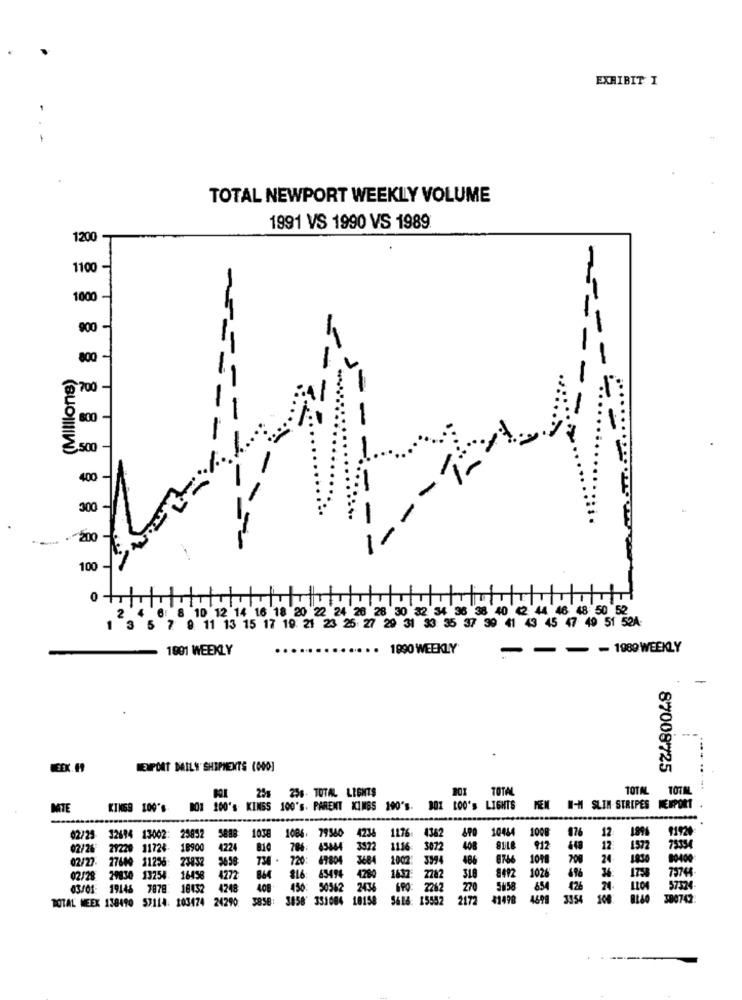
EXHIBIT I
TOTAL NEWPORT WEEKLY VOLUME
1991 VS 1990 VS 1989
1200
1100
1000
900-
800-
(Millions)
---
700-
800
,500
- --
400
300 -
200
100
0
10 12 14 16 18 20 22 24 26 28 30 32 34 36 38 40 42 44 46 48 50 52
7 9 11 13 15 17 19: 21 23 25 27 29 31 33 35 37 39 41 43 45 47 49 51 52A-
..
1990 WEEKLY
---- 1989WEEKLY
1991 WEEKLY
WEEK. 19
EXPORT MILY SHIPMENTS (000]
87008725
BOK 25% 256. TOTAL LIGHTS
TOTAL
TOTAL
TOTAL
MTE
KINGS 100'S
BOX 200's KINGS 100'S. PARENT KINGS 190's. BOX LOO's LIGHTS
MEN W-M SLIM STRIPES NEWPORT .
1038 1086. 79560
4234
1136: 4362
10444
12
189
11929
02/25- 32694 13002:
25852
100
02/26
29229 11724-
18900
4224
810
786: 45844 3322
1116: 3072
408
912
12:
1572
7333
02/27.
27609 11256: 23832
738 . 720: 69804
3684
1002: 3394
486
1018
700
24
1830
8492 1026
1758
79744
02/28
19830
13254- 16458
4272
816: 65494 4280
1637: 2282
318
03/01
19146 7878 18432
4248
408
450: 50562
2436
FPO: 2262
270
5858
654
426
1100
5732
TOTAL NEEX 130490 57114: 103474 24290
$858: 3856' 351004 18158
5616: 15552
2172
41490
3354